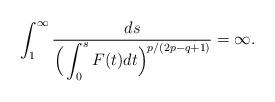
LaTeX: \begin{align*}\int_{1}^\infty\frac{ds}{\Big(\displaystyle \int_0^s F(t)dt \Big)^{p/(2p - q+1)}} = \infty.\end{align*}